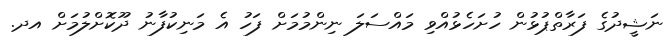
ނަޝީދުގެ ފަރާތްޕުޅުން ހުށަހެޅުއްވި މައްސަލަ ނިންމުމަށް ފަހު އެ މަނިކުފާނު ދޫކޮށްލުމަށް އދ.